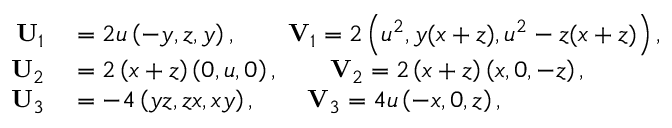
\begin{array} { r l } { \mathbf { U } _ { 1 } } & { { } = 2 u \left( - y , z , y \right) , \qquad \mathbf { V } _ { 1 } = 2 \left( u ^ { 2 } , y ( x + z ) , u ^ { 2 } - z ( x + z ) \right) , } \\ { \mathbf { U } _ { 2 } } & { { } = 2 \left( x + z \right) \left( 0 , u , 0 \right) , \qquad \mathbf { V } _ { 2 } = 2 \left( x + z \right) \left( x , 0 , - z \right) , } \\ { \mathbf { U } _ { 3 } } & { { } = - 4 \left( y z , z x , x y \right) , \qquad \mathbf { V } _ { 3 } = 4 u \left( - x , 0 , z \right) , } \end{array}